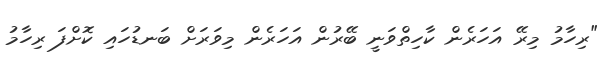
"ރިހާމު މިރޭ އަހަރެން ކާހިތްވަނީ ބޭރުން އަހަރެން މިވަރަށް ބަނޑުހައި ކޮށްފަ ރިހާމު